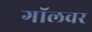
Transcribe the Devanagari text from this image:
गॉलवर